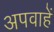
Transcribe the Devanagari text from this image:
अपवाहें